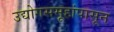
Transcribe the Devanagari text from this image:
उद्योगसमूहांपासून